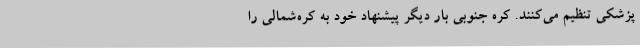
پزشکی تنظیم می‌کنند. کره جنوبی بار دیگر پیشنهاد خود به کره‌شمالی را